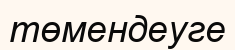
төмендеуге